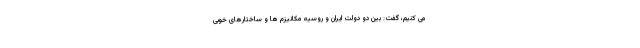
می کنیم، گفت: بین دو دولت ایران و روسیه مکانیزم ها و ساختارهای خوبی